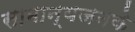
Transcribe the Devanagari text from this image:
सामान्यजनके